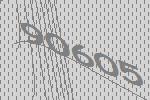
90605